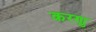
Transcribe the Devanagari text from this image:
करणु